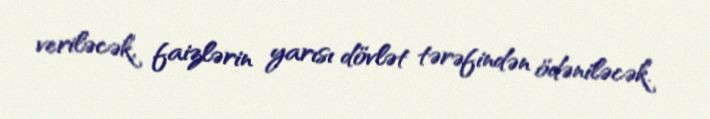
veriləcək, faizlərin yarısı dövlət tərəfindən ödəniləcək.